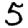
Digit: 5